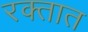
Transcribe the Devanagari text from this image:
रक्‍तात